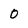
Character: O